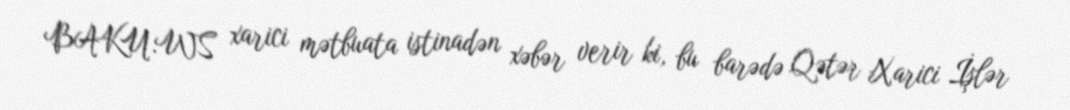
BAKU.WS xarici mətbuata istinadən xəbər verir ki, bu barədə Qətər Xarici İşlər